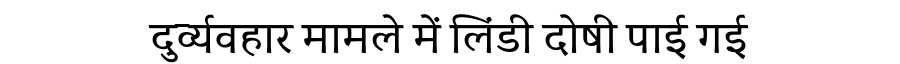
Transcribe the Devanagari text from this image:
दुर्व्यवहार मामले में लिंडी दोषी पाई गई